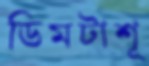
ডিমটাশূ